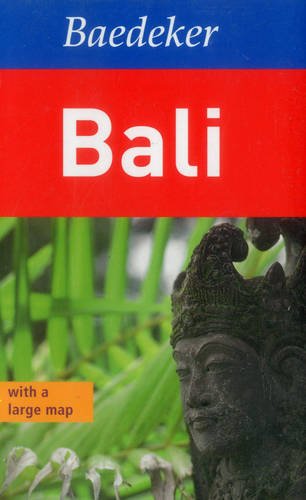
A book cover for Bali Baedeker Guide (Baedeker Guides); Baedeker; Travel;